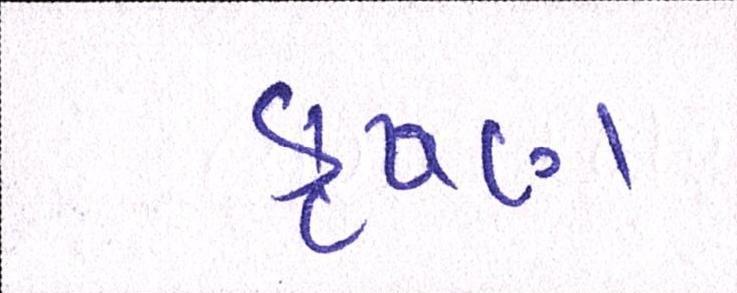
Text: કૃષ્ણ